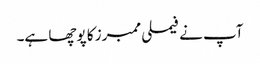
آپ نے فیملی ممبرز کا پوچھا ہے۔